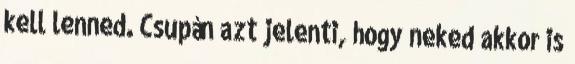
kell lenned. Csupán azt jelenti, hogy neked akkor is